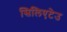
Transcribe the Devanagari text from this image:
सिलिएटेउ